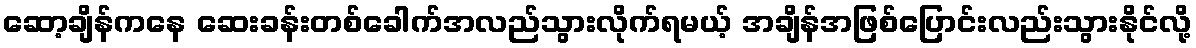
ဆော့ချိန်ကနေ ဆေးခန်းတစ်ခေါက်အလည်သွားလိုက်ရမယ့် အချိန်အဖြစ်ပြောင်းလည်းသွားနိုင်လို့